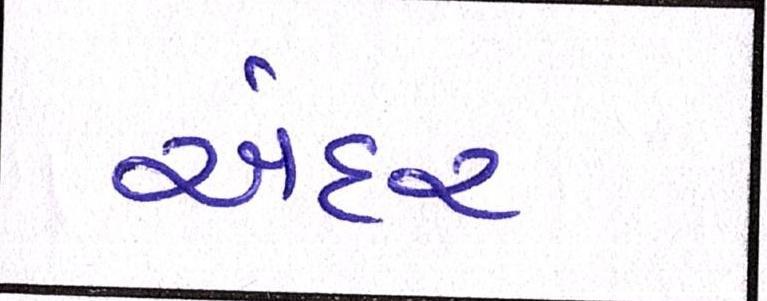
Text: અંદર